Lunatic asylums United Provinces 1909-1921 - 1909-1921
Year: 1909
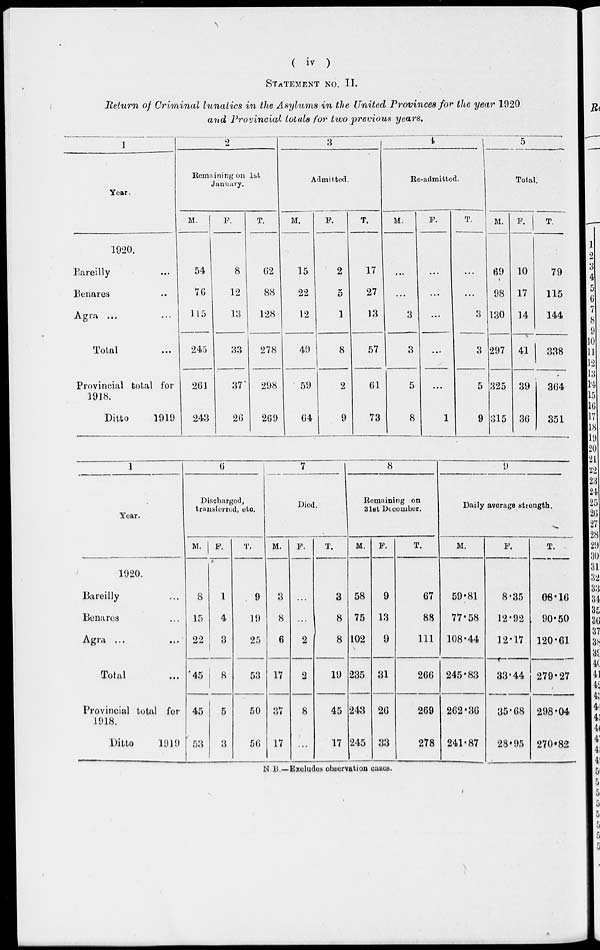
( iv )
STATEMENT NO. II.
Return of Criminal lunatics in the Asylums in the United Provinces for the year 1920
and Provincial totals for two previous years.
1
Year.
1920.
Bareilly ...
Benares ..
Agra ... ...
Total ...
Provincial total for
1918.
Ditto
1919
2
Remaining on 1st
January.
M.
54
76
115
245
261
243
F.
8
12
13
33
37
26
T.
62
88
128
278
298
269
3
Admilted.
M.
15
22
12
49
59
64
F.
2
5
1
8
2
9
T.
17
27
13
57
61
73
4
Re-admitted.
M.
...
...
3
3
5
8
F.
...
...
...
...
...
1
T.
...
...
3
3
5
9
5
Total.
M.
69
98
130
297
325
315
F.
10
17
14
41
39
36
T.
79
115
144
338
364
351
1
Year.
1920.
Bareilly ...
Benares ...
Agra ...
Total ...
Provincial total for
1918.
Ditto
1919
6
Discharged,
transferred, etc.
M.
8
15
22
45
45
53
F.
1
4
3
8
5
3
T.
9
19
25
53
50
56
7
Died.
M.
3
8
6
17
37
17
F.
...
...
2
2
8
...
T.
3
8
8
19
45
17
8
Remaining on
31st December.
M.
58
75
102
235
243
245
F.
9
13
9
31
26
33
T.
67
88
111
266
269
278
9
Daily average Strength.
M.
59.81
77.58
108.44
245.83
262.36
241.87
F.
8.35
12.92
12.17
33.44
35.68
28.95
T.
68.16
90.50
120.61
279.27
298.04
270.82
N. B —Excludes observation cases.